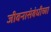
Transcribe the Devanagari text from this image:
जीवनासंबंधीच्या